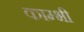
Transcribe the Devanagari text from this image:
काम्भी